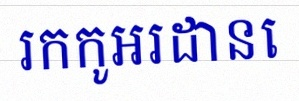
រកកូអរដោនេ